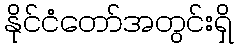
နိုင်ငံတော်အတွင်းရှိ